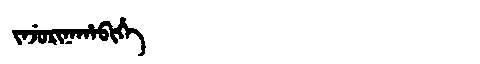
Manchu: ᠵᠠᠵᡠᡵᡳᠨᠠᡥᠠᠪᡳᡥᡝ
Romanization: JAJURINAHABIHE